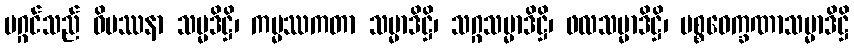
မဂ္ဂင်သည် ဝိပဿနာ သမ္မဒိဋ္ဌိ၊ ကမ္မဿကတာ သမ္မာဒိဋ္ဌိ၊ သဂ္ဂသမ္မာဒိဋ္ဌိ၊ ဖလသမ္မာဒိဋ္ဌိ၊ ပစ္စဝေက္ခဏာသမ္မာဒိဋ္ဌိ